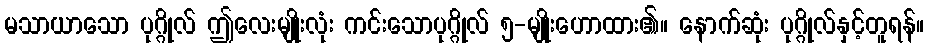
မသာယာသော ပုဂ္ဂိုလ် ဤလေးမျိုးလုံး ကင်းသောပုဂ္ဂိုလ် ၅-မျိုးဟောထား၏။ နောက်ဆုံး ပုဂ္ဂိုလ်နှင့်တူရန်။